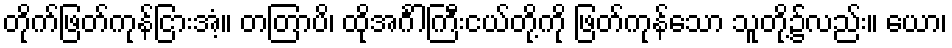
တိုက်ဖြတ်ကုန်ငြားအံ့။ တတြာပိ၊ ထိုအင်္ဂါကြီးငယ်တို့ကို ဖြတ်ကုန်သော သူတို့၌လည်း။ ယော၊